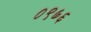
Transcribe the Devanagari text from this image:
०९७६